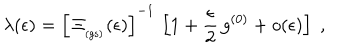
\lambda ( \epsilon ) = \left[ \, \Xi _ { _ \mathrm { ( g s ) } } ( \epsilon ) \right] ^ { - 1 } \, \left[ 1 + \frac { \epsilon } { 2 } \, g ^ { ( 0 ) } + o ( \epsilon ) \right] \; ,